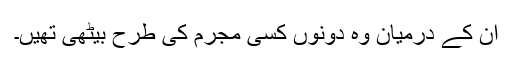
ان کے درمیان وہ دونوں کسی مجرم کی طرح بیٹھی تھیں۔